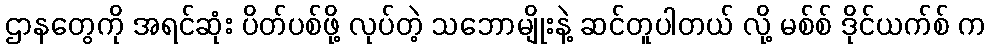
ဌာနတွေကို အရင်ဆုံး ပိတ်ပစ်ဖို့ လုပ်တဲ့ သဘောမျိုးနဲ့ ဆင်တူပါတယ် လို့ မစ်စ် ဒိုင်ယက်စ် က